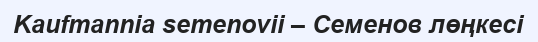
Kaufmannia semenovii – Семенов лөңкесі